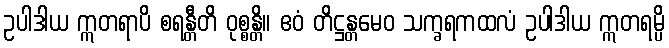
ဥပါဒါယ ဣတရာပိ စရန္တီတိ ဝုစ္စန္တိ။ ဧဝံ တိဋ္ဌန္တမေဝ သက္ခရကထလံ ဥပါဒါယ ဣတရမ္ပိ